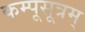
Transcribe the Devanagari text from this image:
कम्पूसूत्रम्